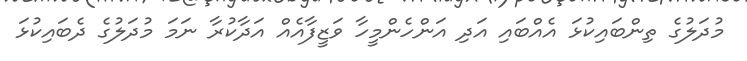
މުދަލުގެ ތިންބައިކުޅަ އެއްބައި އަދި އަންހެންމީހާ ވަޒީފާއެއް އަދާކުރާ ނަމަ މުދަލުގެ ދެބައިކުޅަ